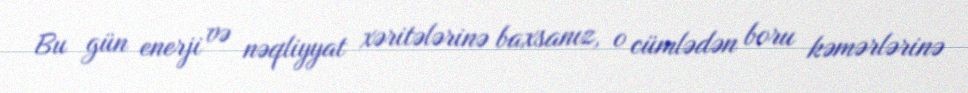
Bu gün enerji və nəqliyyat xəritələrinə baxsanız, o cümlədən boru kəmərlərinə